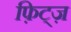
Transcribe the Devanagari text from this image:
फ़िट्ज़